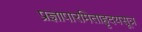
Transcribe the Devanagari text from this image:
प्रज्ञापारमिताहृदयसूत्र